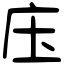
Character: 庒